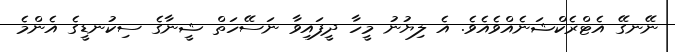
ނޭނގޭ އެޓްރެކްޝަނެއްވެއެވެ. އެ ލިޔުނު މީހާ ދީފައިވާ ނަސޭހަތް ޝީނާގެ ސިކުނޑީގެ އެންމެ